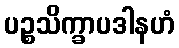
ပဉ္စသိက္ခာပဒါနဟံ